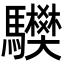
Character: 𩧅